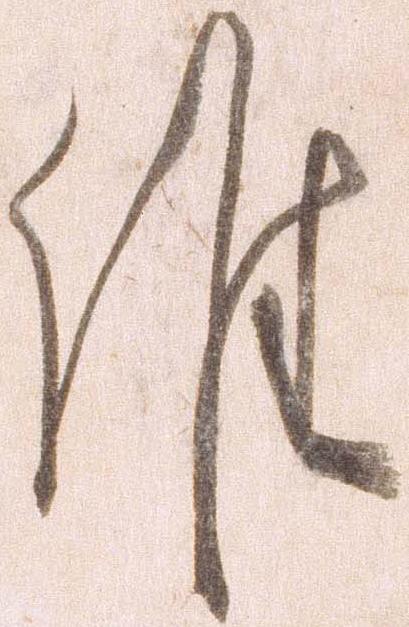
候